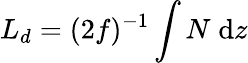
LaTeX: L_{d}=(2f)^{-1}\int N\; \mathrm{d}z